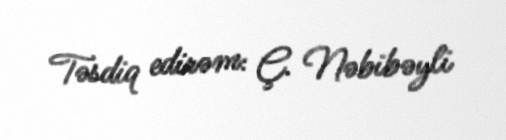
Təsdiq edirəm: Ç. Nəbibəyli